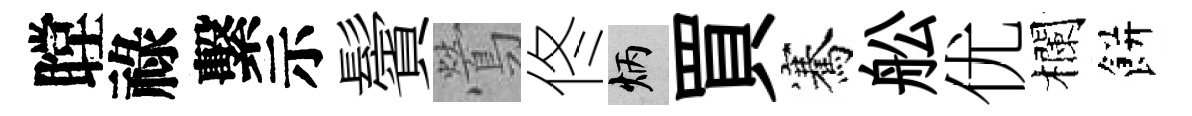
瞠祿繫示鬢鶯佟炳買騫舩优欄餅